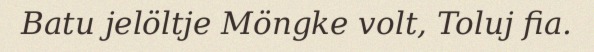
Batu jelöltje Möngke volt, Toluj fia.